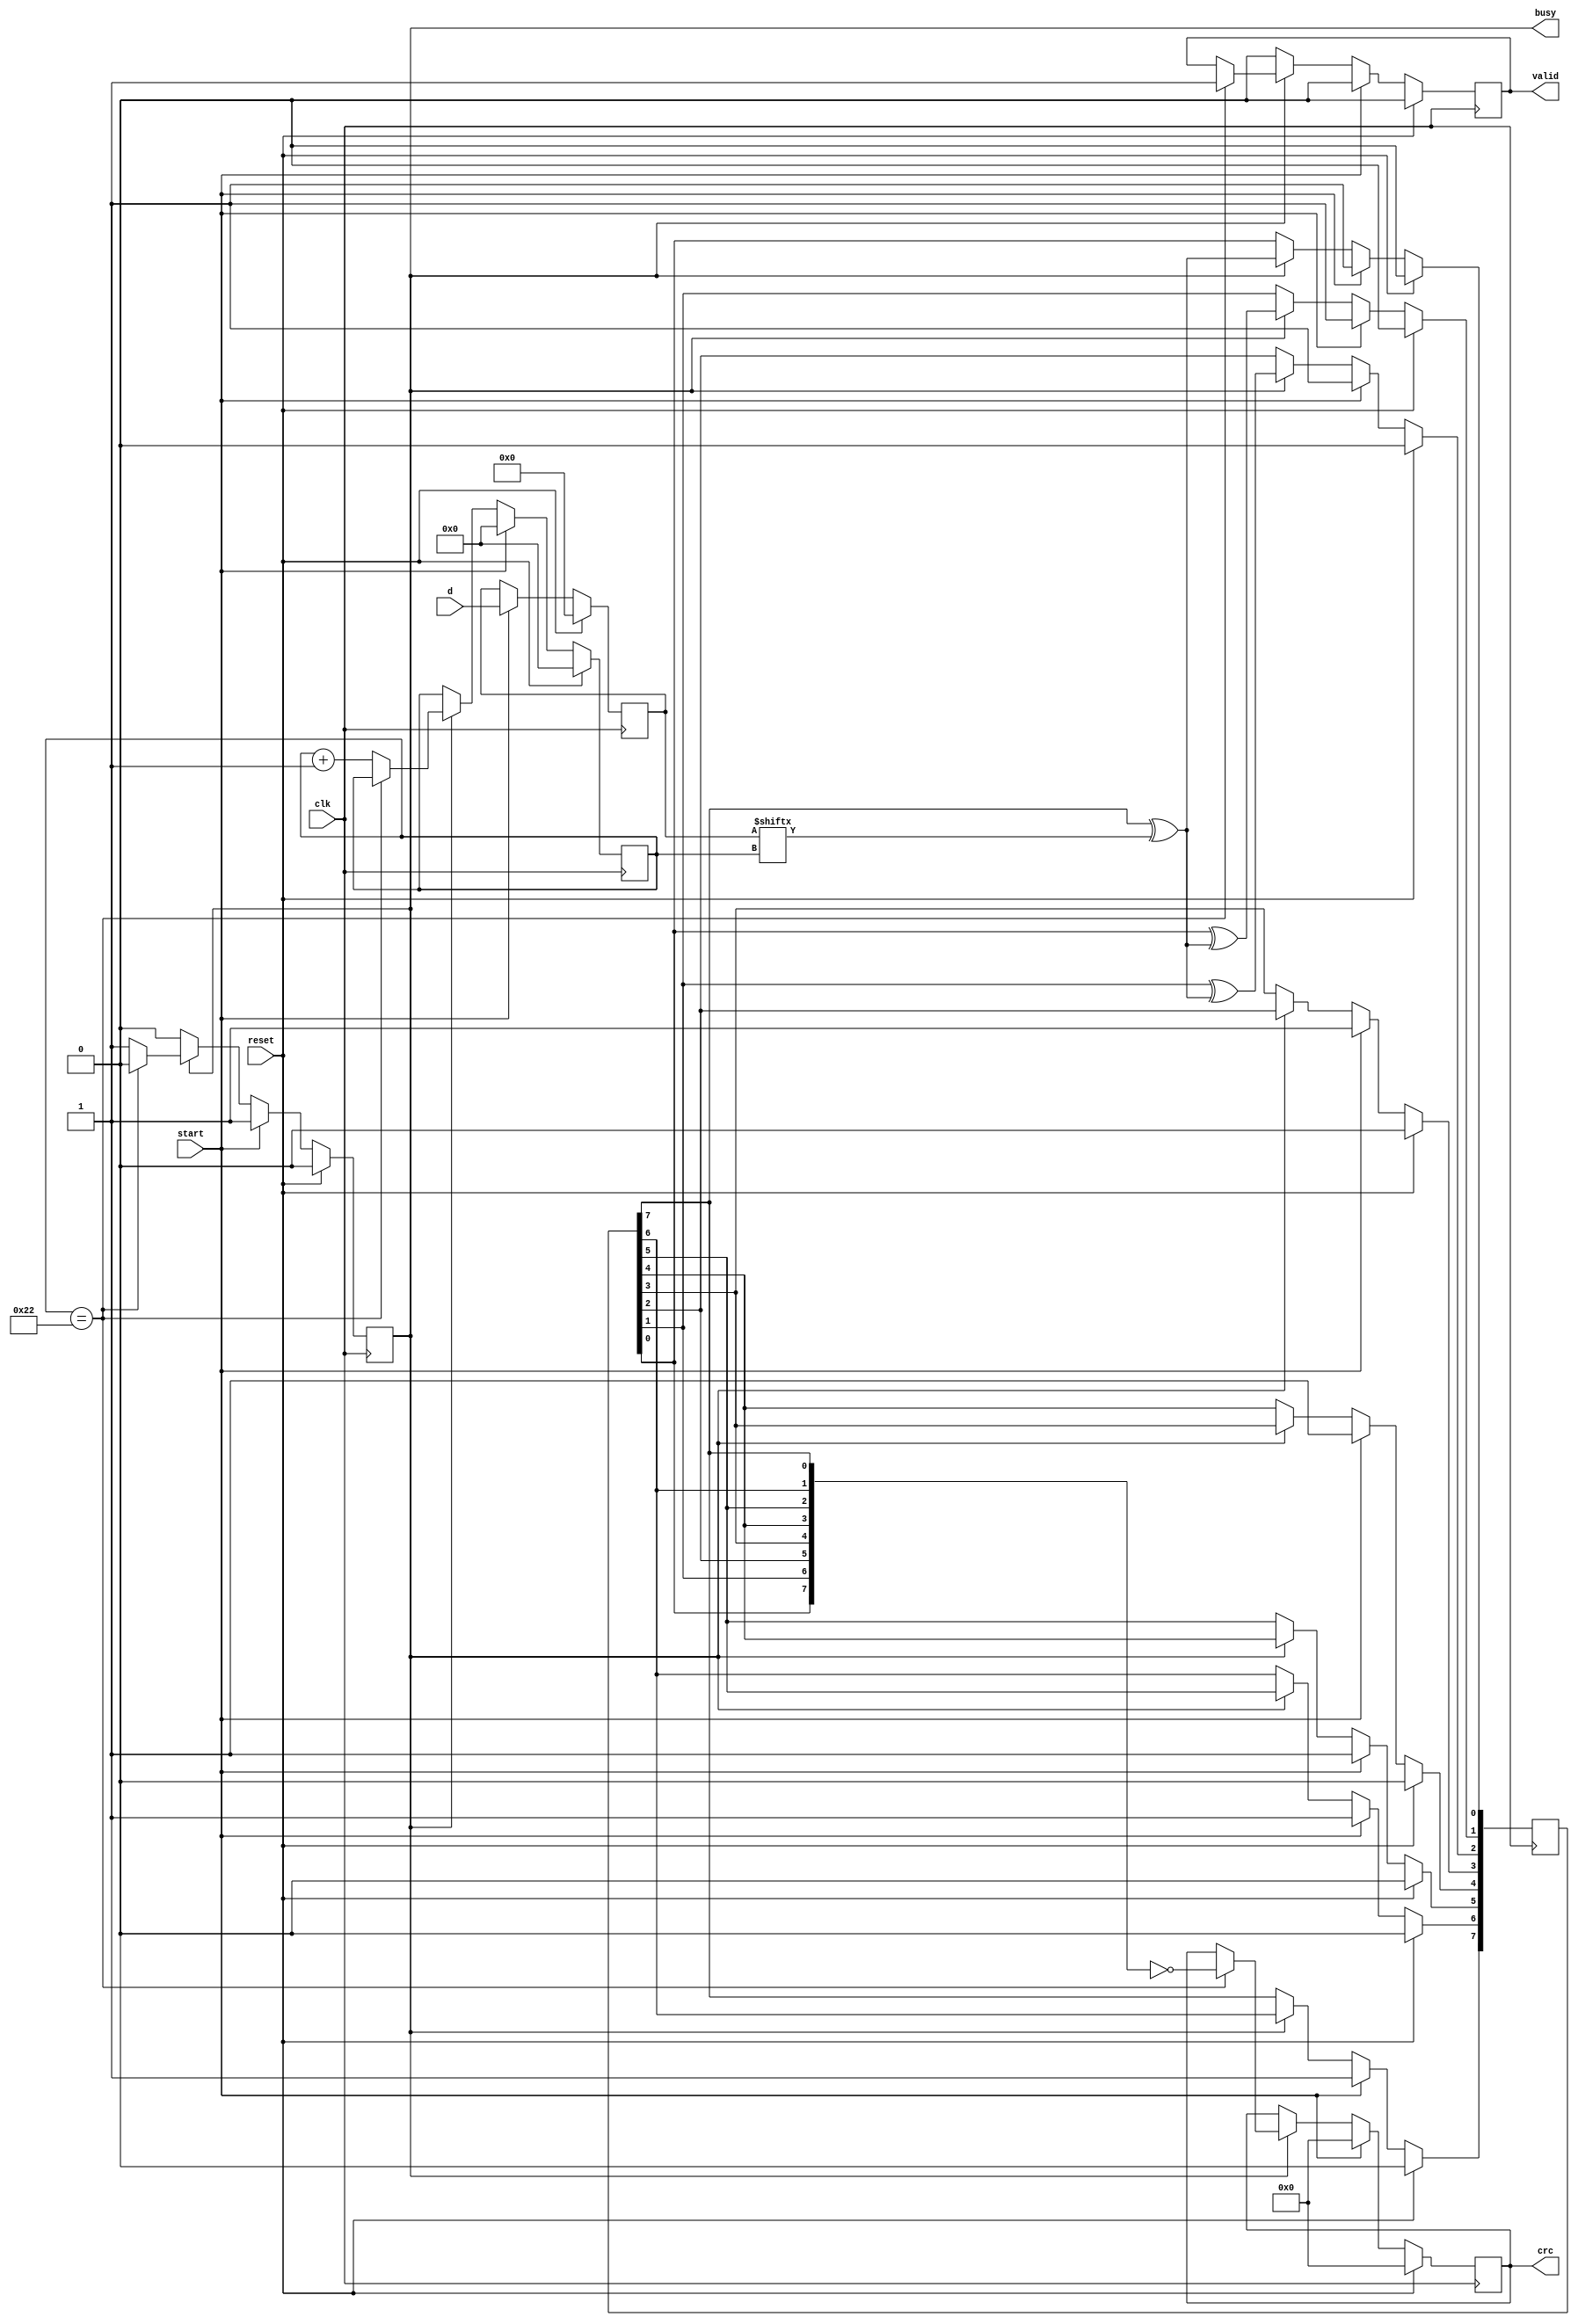
// Michael Tetemke Mehari (michael.mehari@ugent.be)

module ht_sig_crc_calc(
	input wire clk,
	input wire reset,
	input wire [33:0] d,
	input wire start,
	output reg busy,
	output reg valid,
	output reg [7:0] crc
	);

	reg [5:0] i;
	reg [33:0] data;
	reg [7:0] c;

	wire temp;
	assign temp = c[7] ^ data[i];

	always @(posedge clk) begin
		if(reset) begin
			valid <= 0;
			i <= 0;
			data <= 0;
			c <= 0;
			busy <= 0;
			crc <= 0;

		end else begin
			if (start) begin
				valid <= 0;
				i <= 0;
				data <= d;
				c <= 8'b11111111;
				busy <= 1;
				crc <= 0;

			end else if (busy) begin

				c[7] <= c[6];
				c[6] <= c[5];
				c[5] <= c[4];
				c[4] <= c[3];
				c[3] <= c[2];
				c[2] <= c[1] ^ temp;
				c[1] <= c[0] ^ temp;
				c[0] <= temp;

				if (i == 34) begin
					busy <= 0;
					valid <= 1;
					crc <= ~({c[0],c[1],c[2],c[3],c[4],c[5],c[6],c[7]});
				end else begin
					i <= i + 1;
				end
			end else begin
				valid <= 0;
			end
		end
	end

endmodule